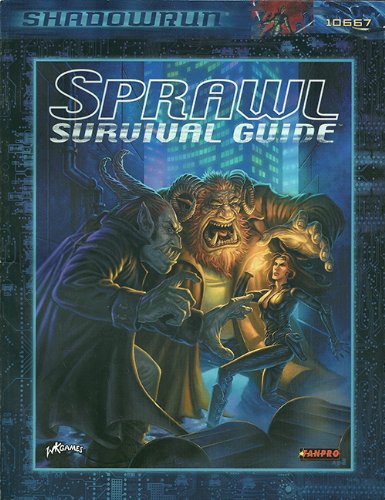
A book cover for Sprawl Survival Guide (Shadowrun); FanPro; Science Fiction & Fantasy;